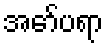
အော်ပရာ